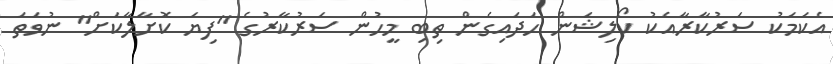
އެކަމަކު ސަރުކާރާއެކު ކޯލިޝަން ހަދައިގެން ތިބި މީހުން ސަރުކާރުގެ "ފިޔަ ކޮށާލާކަށް" ނުވަތަ